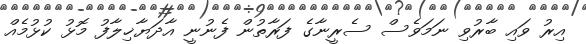
އިރު ވައި ބާރުވި ނަމަވެސް ސެރީނާގެ ފަރާތުން ފެނުނީ އާދަޔާޚިލާފު މޮޅު ކުޅުމެއް